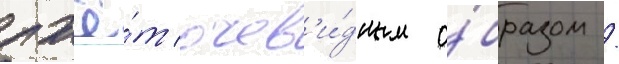
лжё́т очев'и́дным о́бразом /